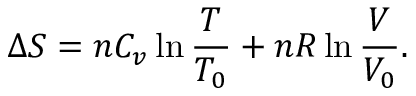
\Delta S = n C _ { v } \ln { \frac { T } { T _ { 0 } } } + n R \ln { \frac { V } { V _ { 0 } } } .